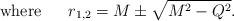
LaTeX: \begin{align*}{\rm where\ \ \ \ \ } r_{1,2}=M\pm \sqrt{M^2-Q^2}.\end{align*}